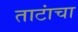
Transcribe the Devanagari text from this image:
ताटांचा